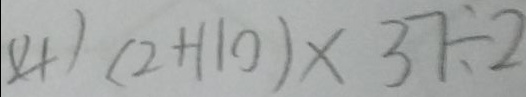
( 4 ) ( 2 + 1 1 0 ) \times 3 7 \div 2